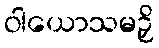
ဝါယောသမဉှိ